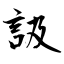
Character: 訯